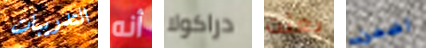
التدريبات أنه دراكولا بعثت اضمن